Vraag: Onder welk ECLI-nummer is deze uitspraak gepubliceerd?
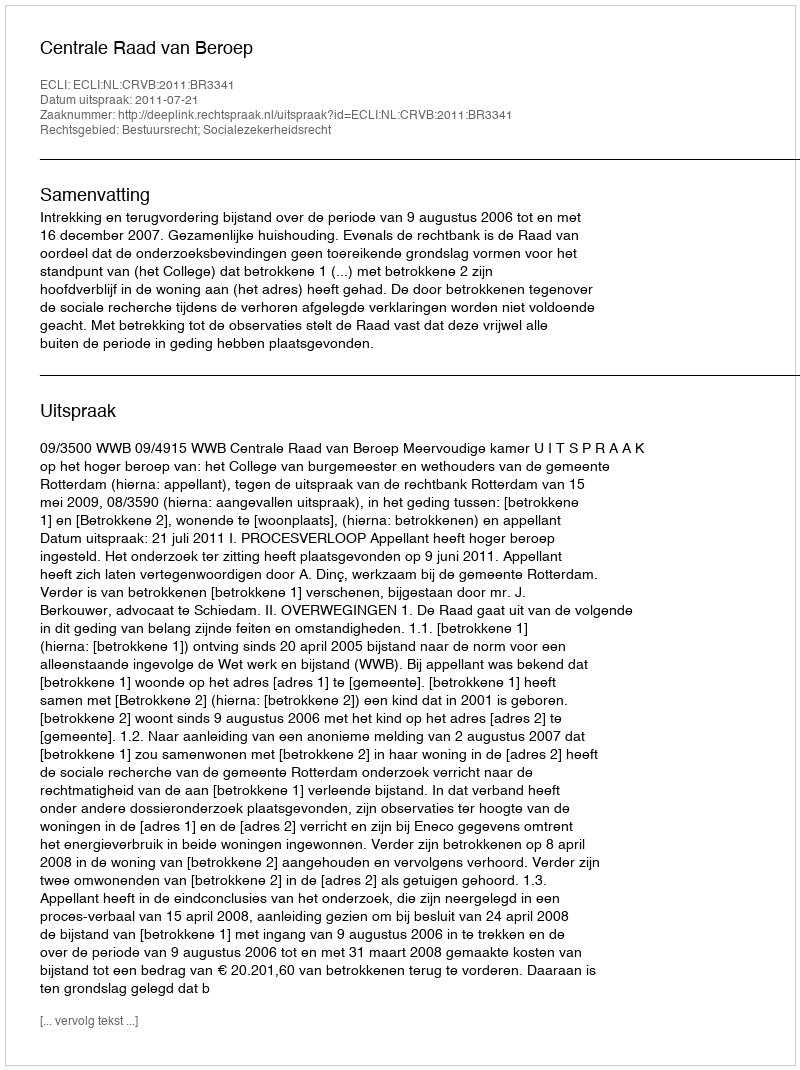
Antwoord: ECLI:NL:CRVB:2011:BR3341